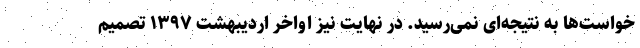
خواست‌ها به نتیجه‌ای نمی‌رسید. در نهایت نیز اواخر اردیبهشت ۱۳۹۷ تصمیم